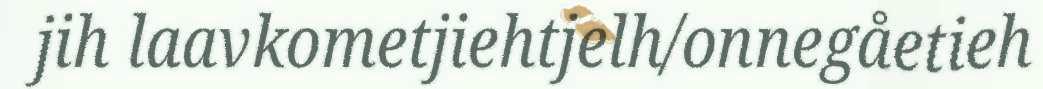
jih laavkometjiehtjelh/onnegåetieh